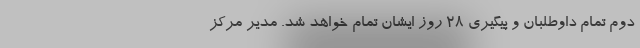
دوم تمام داوطلبان و پیگیری ۲۸ روز ایشان تمام خواهد شد. مدیر مرکز